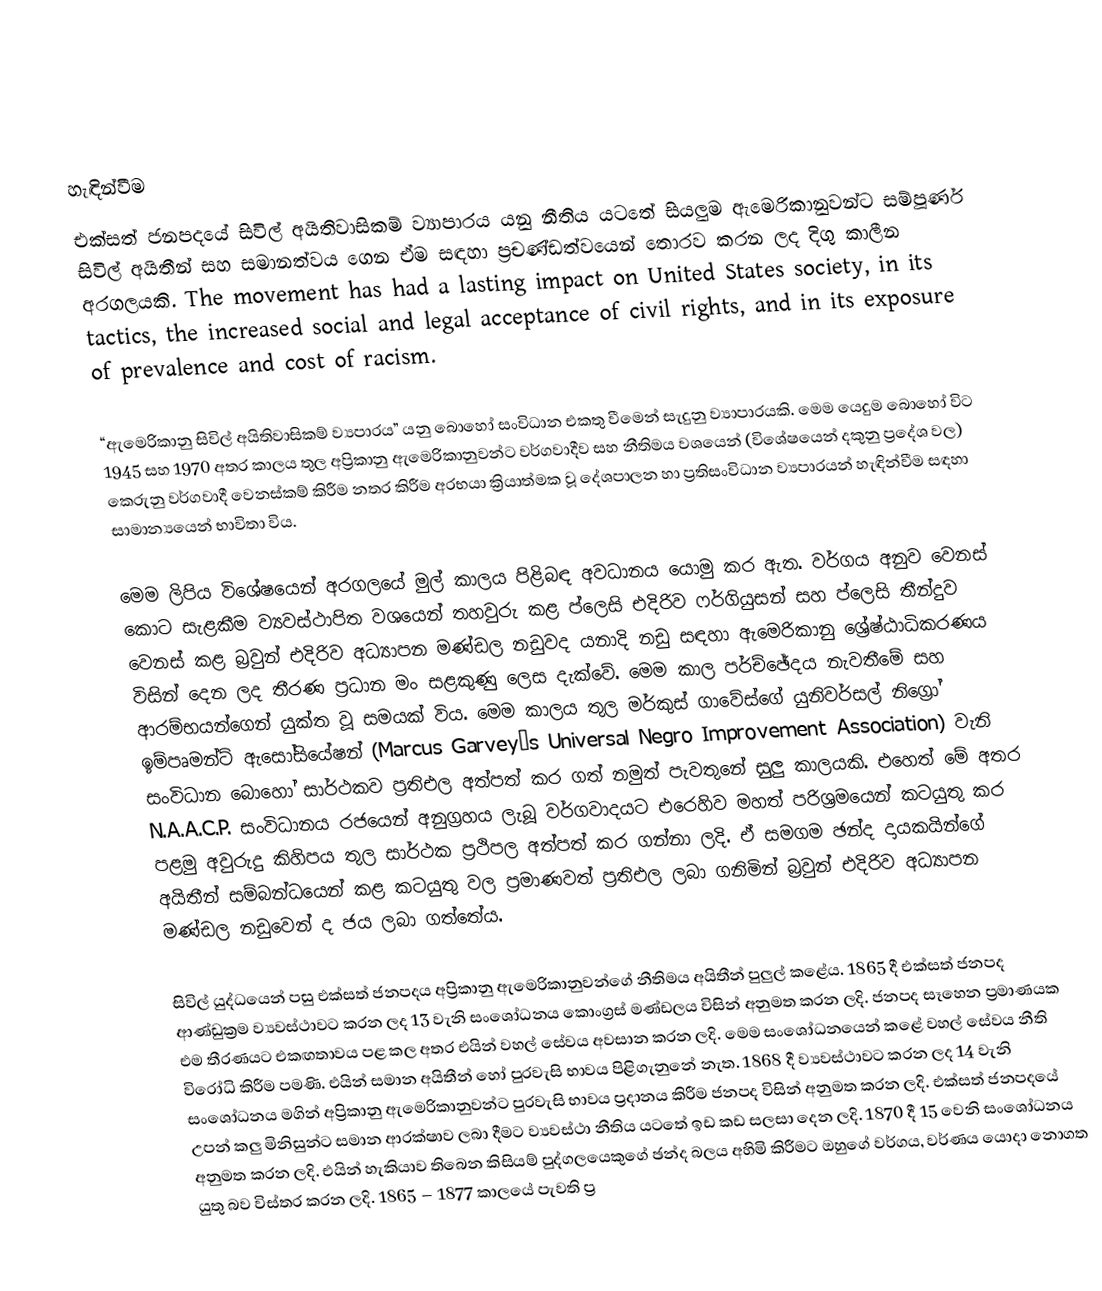

හැඳින්වීම
එක්සත් ජනපදයේ සිවිල් අයිතිවාසිකම් ව්‍යාපාරය යනු නීතිය යටතේ සියලුම ඇමෙරිකානුවන්ට  සම්පූර්ණ සිවිල් අයිතීන් සහ සමානත්වය ගෙන ඒම සඳහා ප්‍රචණ්ඩත්වයෙන් තොරව කරන ලද දිගු කාලීන අරගලයකි. The movement has had a lasting impact on United States society, in its tactics, the increased social and legal acceptance of civil rights, and in its exposure of prevalence and cost of racism.

“ඇමෙරිකානු සිවිල් අයිතිවාසිකම් ව්‍යපාරය” යනු බොහෝ සංවිධාන එකතු වීමෙන් සැදුනු ව්‍යාපාරයකි. මෙම යෙදුම බොහෝ විට 1945 සහ 1970 අතර කාලය තුල අප්‍රිකානු ඇමෙරිකානුවන්ට වර්ගවාදීව සහ නීතිමය වශයෙන් (විශේෂයෙන් දකුනු ප්‍රදේශ වල) කෙරුනු වර්ගවාදී වෙනස්කම් කිරීම නතර කිරීම අරභයා ක්‍රියාත්මක වූ දේශපාලන හා ප්‍රතිසංවිධාන ව්‍යපාරයන් හැඳින්වීම සඳහා සාමාන්‍යයෙන් භාවිතා විය.

මෙම ලිපිය විශේෂයෙන් අරගලයේ මුල් කාලය පිළිබඳ අවධානය යොමු කර ඇත. වර්ගය අනුව වෙනස් කොට සැළකීම ව්‍යවස්ථාපිත වශයෙන් තහවුරු කළ ප්ලෙසි එදිරිව ෆර්ගියුසන් සහ ප්ලෙසි තීන්දුව වෙනස් කළ බ්‍රවුන් එදිරිව අධ්‍යාපන මණ්ඩල නඩුවද යනාදි නඩු සඳහා ඇමෙරිකානු ශ්‍රේෂ්ඨාධිකරණය විසින් දෙන ලද තීරණ ප්‍රධාන මං සළකුණු ලෙස දැක්වේ. මෙම කාල පර්ච්ඡේදය නැවතීමේ සහ ආරම්භයන්ගෙන් යුක්ත වූ සමයක් විය. මෙම කාලය තුල මර්කුස් ගාවේස්ගේ යුනිවර්සල් නිග්‍රෝ ඉම්පෘමන්ට් ඇසෝසියේෂන් (Marcus Garvey’s Universal Negro Improvement Association) වැනි සංවිධාන බොහෝ සාර්ථකව ප්‍රතිඑල අත්පත් කර ගත් නමුත් පැවතුනේ සුලු කාලයකි. එහෙත් මේ අතර N.A.A.C.P. සංවිධානය රජයෙන් අනුග්‍රහය ලැබූ වර්ගවාදයට එරෙහිව මහත් පරිශ්‍රමයෙන් කටයුතු කර පළමු අවුරුදු කිහිපය තුල සාර්ථක ප්‍රථිපල අත්පත් කර ගන්නා ලදි. ඒ සමගම ඡන්ද දායකයින්ගේ අයිතීන් සම්බන්ධයෙන් කළ කටයුතු වල ප්‍රමාණවත් ප්‍රතිඑල ලබා ගනිමින් බ්‍රවුන් එදිරිව අධ්‍යාපන මණ්ඩල නඩුවෙන් ද ජය ලබා ගත්තේය.

සිවිල් යුද්ධයෙන් පසු එක්සත් ජනපදය අප්‍රිකානු ඇමෙරිකානුවන්ගේ නීතිමය අයිතීන් පුලුල් කළේය. 1865 දී එක්සත් ජනපද ආණ්ඩුක්‍රම ව්‍යවස්ථාවට කරන ලද 13 වැනි සංශෝධනය කොංග්‍රස් මණ්ඩලය විසින් අනුමත කරන ලදි. ජනපද සෑහෙන ප්‍රමාණයක එම තීරණයට එකඟතාවය පළ කල අතර එයින් වහල් සේවය අවසාන කරන ලදි. මෙම සංශෝධනයෙන් කළේ වහල් සේවය නීති විරෝධි කිරීම පමණි. එයින් සමාන අයිතීන් හෝ පුරවැසි භාවය පිළිගැනුනේ නැත. 1868 දී ව්‍යවස්ථාවට කරන ලද 14 වැනි සංශෝධනය මගින් අප්‍රිකානු ඇමෙරිකානුවන්ට පුරවැසි භාවය ප්‍රදානය කිරීම ජනපද විසින් අනුමත කරන ලදි. එක්සත් ජනපදයේ උපන් කලු මිනිසුන්ට සමාන ආරක්ෂාව ලබා දීමට ව්‍යවස්ථා නීතිය යටතේ ඉඩ කඩ සලසා දෙන ලදි. 1870 දී 15 වෙනි සංශෝධනය අනුමත කරන ලදි. එයින් හැකියාව තිබෙන කිසියම් පුද්ගලයෙකුගේ ඡන්ද බලය අහිමි කිරීමට ඔහුගේ වර්ගය, වර්ණය යොදා නොගත යුතු බව විස්තර කරන ලදි. 1865 – 1877 කාලයේ පැවති ප්‍ර